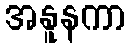
အနူနကာ